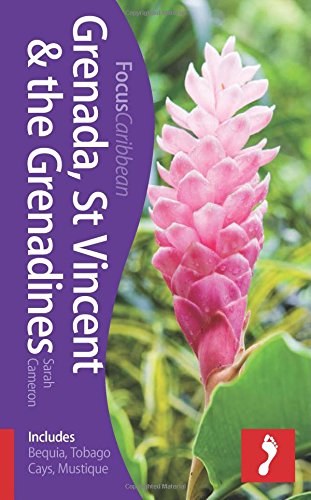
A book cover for Grenada, St Vincent & the Grenadines: Footprint Focus Guide; Sarah Cameron; Travel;